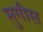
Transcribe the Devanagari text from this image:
सुगीस